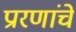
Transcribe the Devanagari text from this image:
प्रारणांचे